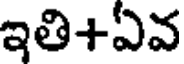
ఇతి+ఏవ